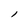
Character: l